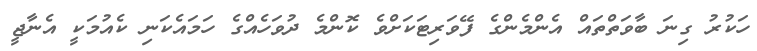
ހަކުރު ގިނަ ބާވަތްތައް އެންމެންގެ ފޭވަރިޓަކަށްވެ ކޮންމެ ދުވަހެއްގެ ހަމައެކަނި ކެއުމަކީ އެނާޖީ